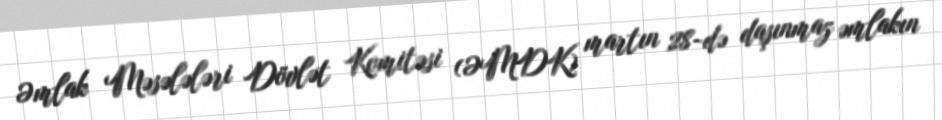
Əmlak Məsələləri Dövlət Komitəsi (ƏMDK) martın 28-də daşınmaz əmlakın